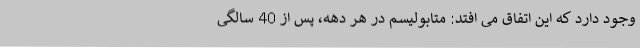
وجود دارد که این اتفاق می افتد: متابولیسم در هر دهه، پس از 40 سالگی